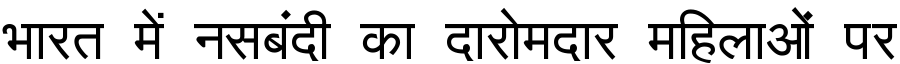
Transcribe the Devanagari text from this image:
भारत में नसबंदी का दारोमदार महिलाओं पर